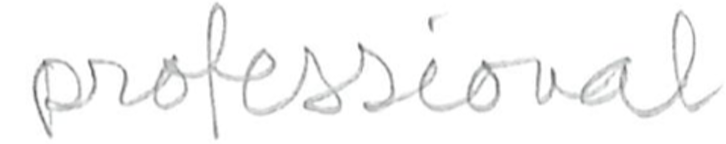
Text: professional
Cross-out: clean
Writing tool: pencil